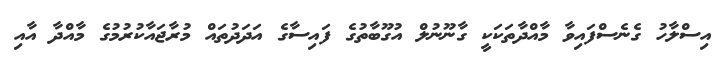
އިސްލާހު ގެނެސްފައިވާ މާއްދާތަކަކީ ގާނޫނުލް އުގޫބާތުގެ ފައިސާގެ އަދަދުތައް މުރާޖައާކުރުމުގެ މާއްދާ އާއި